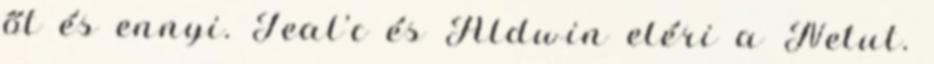
őt és ennyi. Teal’c és Aldwin eléri a Netut.